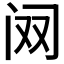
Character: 𲈷